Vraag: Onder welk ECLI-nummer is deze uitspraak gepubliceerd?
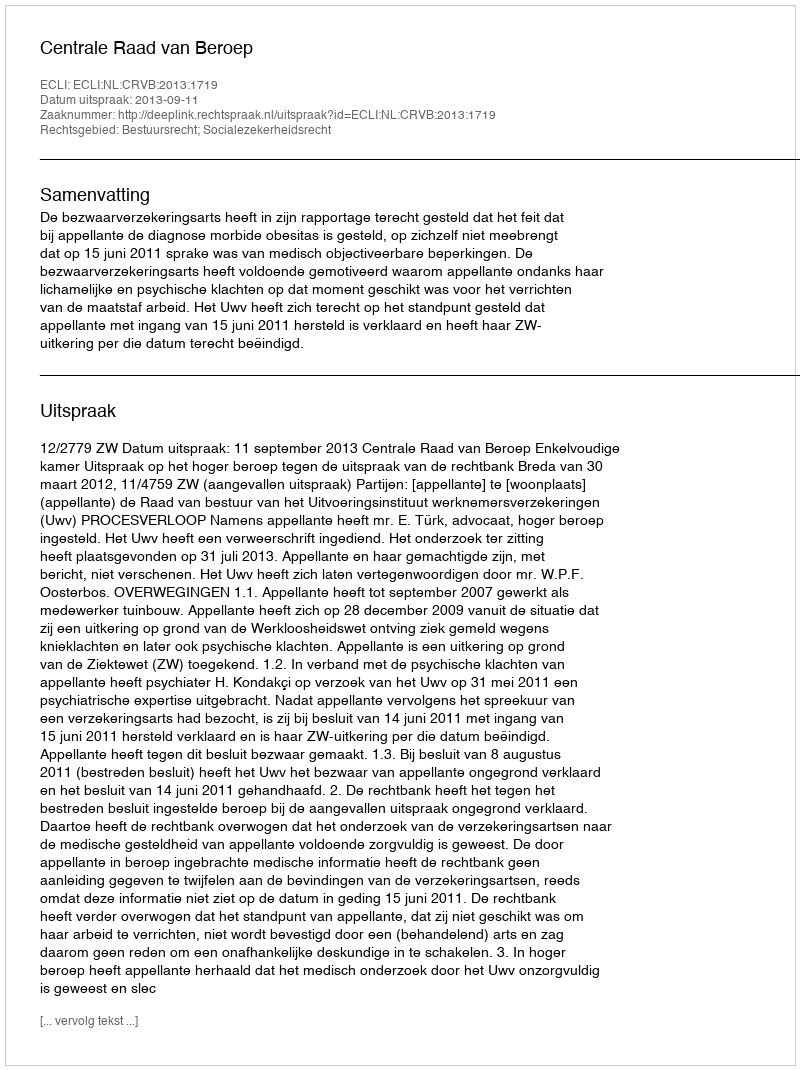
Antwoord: ECLI:NL:CRVB:2013:1719